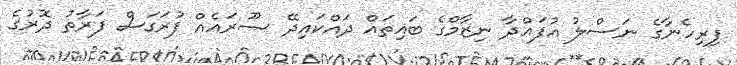
ފިރިހެނާގެ ނަސްލު އުފައްދާ ނިޒާމްގެ ބައިތައް ދައްކައިދޭ ޞޫރައެއް ފުރަގަސް ފަރާތު ދޮރުގެ